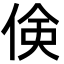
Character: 倹